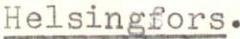
Helsingfors.